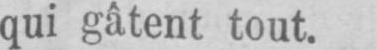
qui gâtent tout.